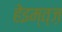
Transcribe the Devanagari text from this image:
हेइम्त्ज़